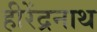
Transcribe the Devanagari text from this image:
हीरेंद्रनाथ